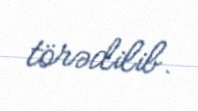
törədilib.